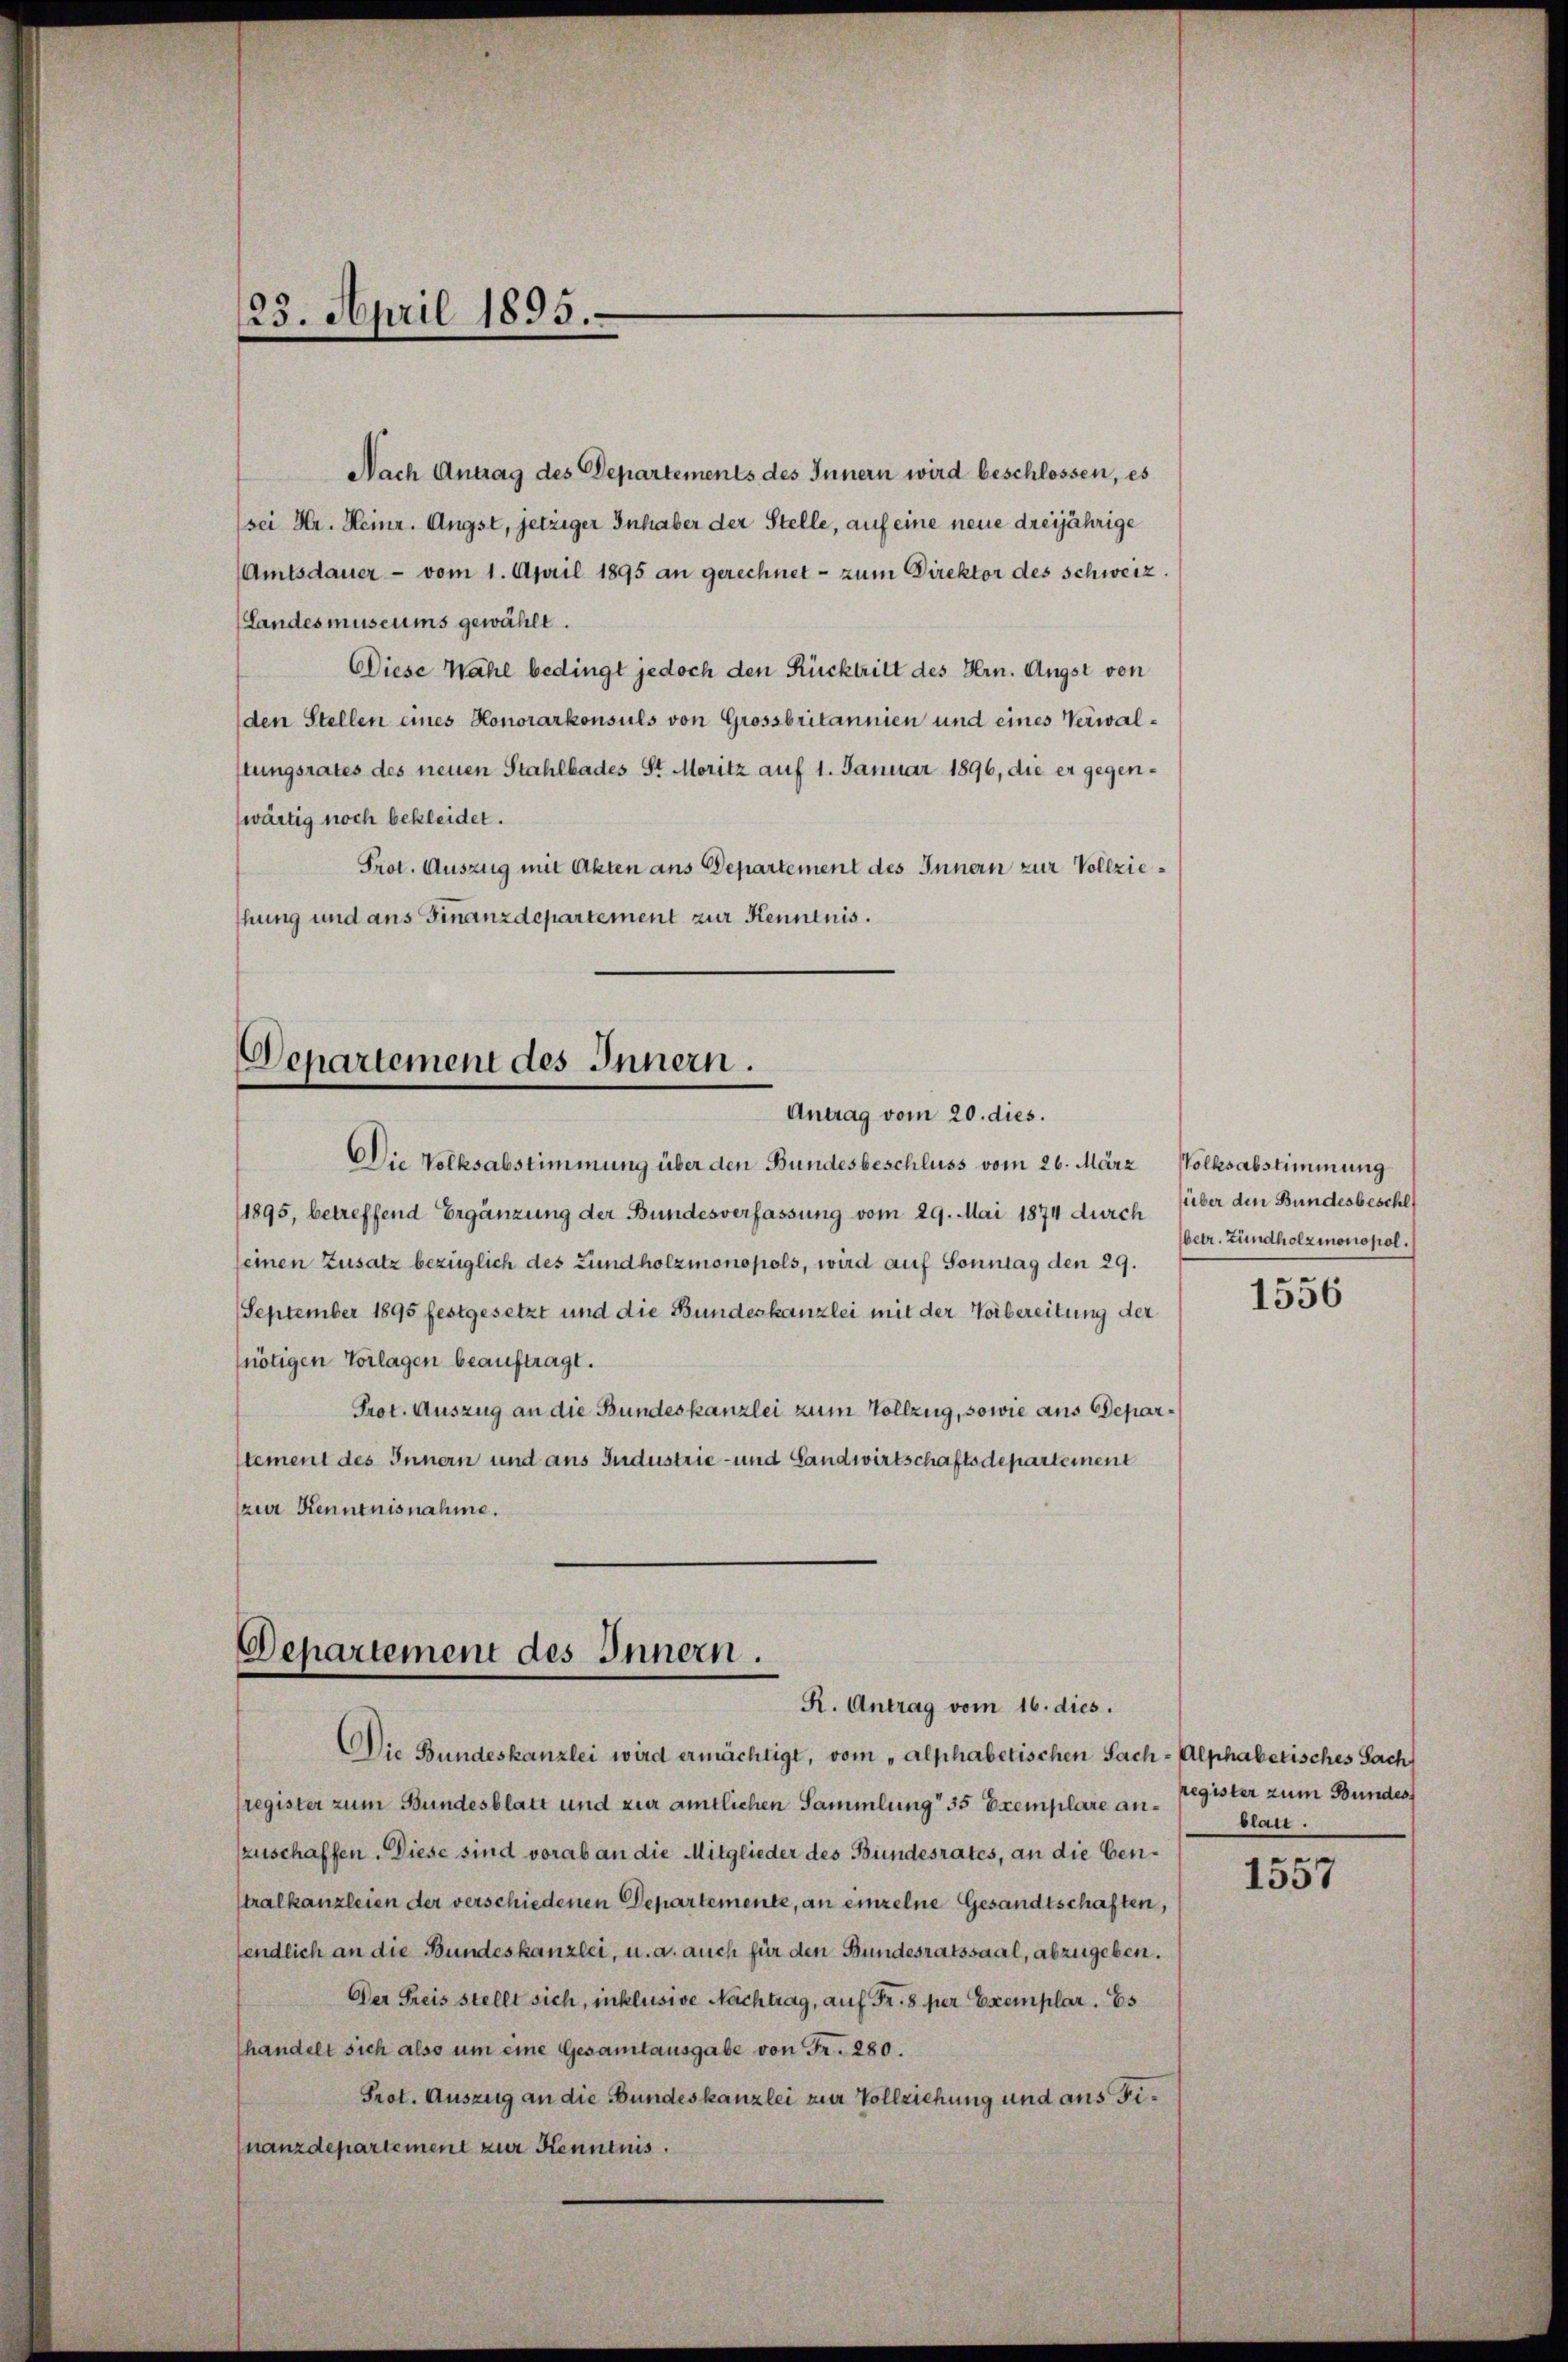
23. April 1893.

Nach Antrag des Departements des Innern wird beschlossen, es
sei Hr. Heinr. Angst, jetziger Inhaber der Stelle, auf eine neue dreijährige
(Amtsdauer vom 1. April 1895 an gerechnet - zum Direktor des Schweiz.
(Landes museums gewählt.
Diese Wahl bedingt jedoch den Rücktritt des Hrn. Augst von
(den Stellen eines Honorarkonsuls von Grossbritannien und eines Verwalstungsrates des neuen Stahlbades St. Moritz auf 1. Januar 1896, die er gegenwärtig noch bekleidet.
Prot. Auszug mit Akten ans Departement des Innern zur Vollziehung und aus Finanzdepartement zur Kenntnis.

Departement des Innern.
Antrag vom 20. dies.

Departement des Innern.
R. Antrag vom 16. dies.

Die Volksabstimmung über den Bundesbeschluss vom 26. März Volksabstimmung
1895, betreffend Ergänzung der Bundesverfassung vom 29. Mai 1874 durch
seinen Zusatz bezüglich des Lundholzmonopols, wird auf Sonntag den 29.
September 1895 festgesetzt und die Bundeskanzlei mit der Vorbereitung der
(nötigen Vorlagen beauftragt.
Prot. Auszug an die Bundeskanzlei zum Vollzug, sowie aus Deparstement des Innern und aus Industrie- und Landwirtschaftsdepartement
(zur Kenntnisnahme.

Die Bundeskanzlei wird ermächtigt, vom „alphabetischen Sach-Alphabetisches Sach
fregister zum Bundesblatt und zur amtlichen Sammlung 35 Exemplare an- Register zum Bundes
zuschaffen. Diese sind vorab an die Mitglieder des Bundesrates, an die Censtralkanzleien der verschiedenen Departemente, an einzelne Gesandtschaften,
endlich an die Bundeskanzlei, u. a. auch für den Bundesratssaal, abzugeben.
Der Preis stellt sich, inklusive Nachtrag, auf Fr. 8 per Exemplar. Es
handelt sich also um eine Gesamtausgabe von Fr. 280.
Prot. Auszug an die Bundeskanzlei zur Vollziehung und aus Finanzdepartement zur Kenntnis.

über den Bundesbeschl
betr. Zündholzmonopol.

1556

blatt.

1557